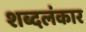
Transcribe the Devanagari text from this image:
शब्दलंकार